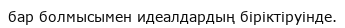
бар болмысымен идеалдардың бiрiктiруiнде.